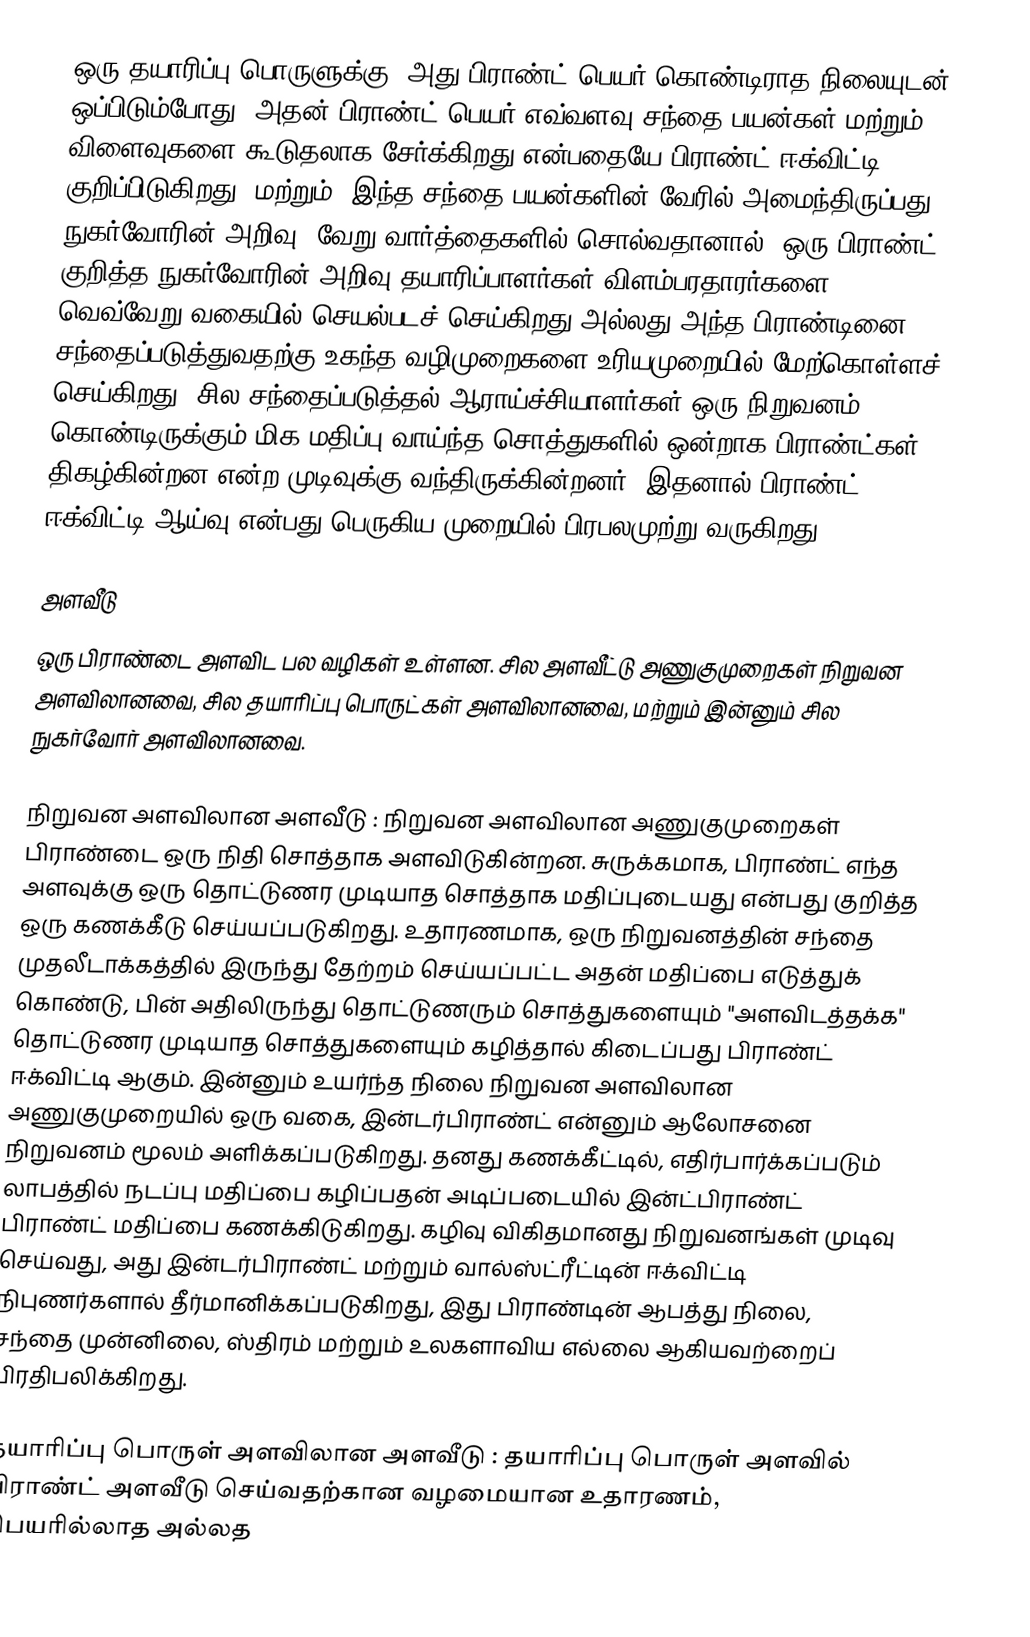
ஒரு தயாரிப்பு பொருளுக்கு, அது பிராண்ட் பெயர் கொண்டிராத நிலையுடன் ஒப்பிடும்போது, அதன் பிராண்ட் பெயர் எவ்வளவு சந்தை பயன்கள் மற்றும் விளைவுகளை கூடுதலாக சேர்க்கிறது என்பதையே பிராண்ட் ஈக்விட்டி  குறிப்பிடுகிறது. மற்றும், இந்த சந்தை பயன்களின் வேரில் அமைந்திருப்பது நுகர்வோரின் அறிவு. வேறு வார்த்தைகளில் சொல்வதானால், ஒரு பிராண்ட் குறித்த நுகர்வோரின் அறிவு தயாரிப்பாளர்கள்/விளம்பரதாரர்களை வெவ்வேறு வகையில் செயல்படச் செய்கிறது அல்லது அந்த பிராண்டினை சந்தைப்படுத்துவதற்கு உகந்த வழிமுறைகளை உரியமுறையில் மேற்கொள்ளச் செய்கிறது. சில சந்தைப்படுத்தல் ஆராய்ச்சியாளர்கள் ஒரு நிறுவனம் கொண்டிருக்கும் மிக மதிப்பு வாய்ந்த சொத்துகளில் ஒன்றாக பிராண்ட்கள் திகழ்கின்றன என்ற முடிவுக்கு வந்திருக்கின்றனர், இதனால் பிராண்ட் ஈக்விட்டி ஆய்வு என்பது பெருகிய முறையில் பிரபலமுற்று வருகிறது.

அளவீடு
ஒரு பிராண்டை அளவிட பல வழிகள் உள்ளன.   சில அளவீட்டு அணுகுமுறைகள் நிறுவன அளவிலானவை, சில தயாரிப்பு பொருட்கள் அளவிலானவை, மற்றும் இன்னும் சில நுகர்வோர் அளவிலானவை.

நிறுவன அளவிலான அளவீடு  : நிறுவன அளவிலான அணுகுமுறைகள் பிராண்டை ஒரு நிதி சொத்தாக அளவிடுகின்றன. சுருக்கமாக, பிராண்ட் எந்த அளவுக்கு ஒரு தொட்டுணர முடியாத சொத்தாக மதிப்புடையது என்பது குறித்த ஒரு கணக்கீடு செய்யப்படுகிறது. உதாரணமாக, ஒரு நிறுவனத்தின் சந்தை முதலீடாக்கத்தில் இருந்து தேற்றம் செய்யப்பட்ட அதன் மதிப்பை எடுத்துக் கொண்டு, பின் அதிலிருந்து தொட்டுணரும் சொத்துகளையும் "அளவிடத்தக்க" தொட்டுணர முடியாத சொத்துகளையும் கழித்தால் கிடைப்பது பிராண்ட் ஈக்விட்டி ஆகும். இன்னும் உயர்ந்த நிலை நிறுவன அளவிலான அணுகுமுறையில் ஒரு வகை, இன்டர்பிராண்ட் என்னும் ஆலோசனை நிறுவனம் மூலம் அளிக்கப்படுகிறது. தனது கணக்கீட்டில், எதிர்பார்க்கப்படும் லாபத்தில் நடப்பு மதிப்பை கழிப்பதன் அடிப்படையில் இன்ட்பிராண்ட் பிராண்ட் மதிப்பை கணக்கிடுகிறது. கழிவு விகிதமானது நிறுவனங்கள் முடிவு செய்வது, அது இன்டர்பிராண்ட் மற்றும் வால்ஸ்ட்ரீட்டின் ஈக்விட்டி நிபுணர்களால் தீர்மானிக்கப்படுகிறது, இது பிராண்டின் ஆபத்து நிலை, சந்தை முன்னிலை, ஸ்திரம் மற்றும் உலகளாவிய எல்லை ஆகியவற்றைப் பிரதிபலிக்கிறது.

தயாரிப்பு பொருள் அளவிலான அளவீடு  : தயாரிப்பு பொருள் அளவில் பிராண்ட் அளவீடு செய்வதற்கான வழமையான உதாரணம், பெயரில்லாத அல்லத